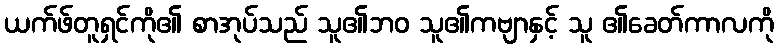
ယက်ဖ်တူရှင်ကို၏ စာအုပ်သည် သူ၏ဘဝ သူ၏ကဗျာနှင့် သူ ၏ခေတ်ကာလကို